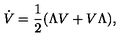
\dot { V } = \frac { 1 } { 2 } ( \Lambda V + V \Lambda ) ,